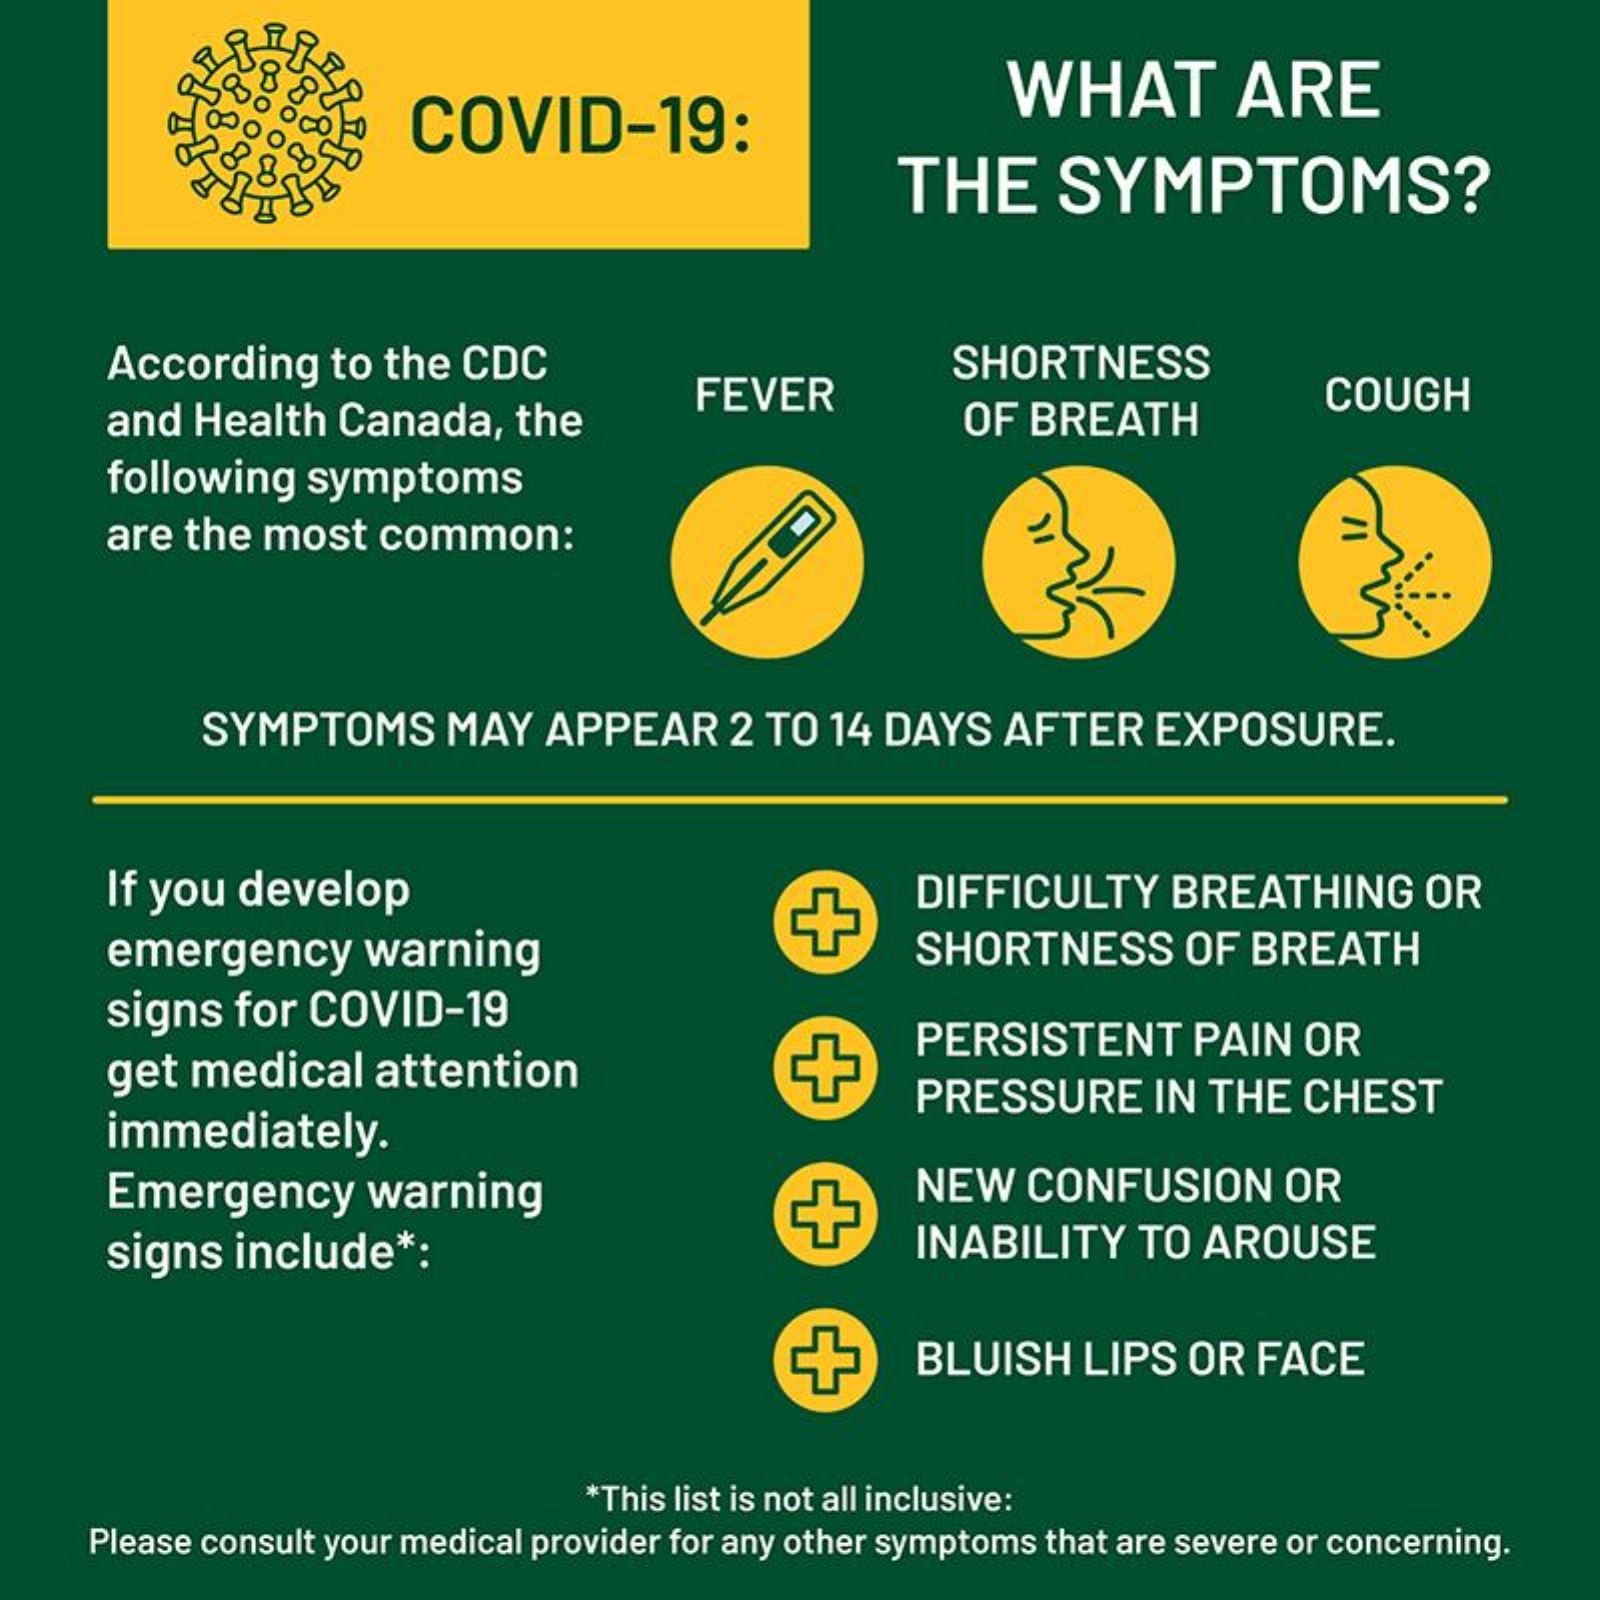
COVID-19:    WHAT    ARE
     THE    SYMPTOMS?
     According   to the CDC    SHORTNESS
     and Health  Canada,   the
     FEVER
     OF  BREATH
     COUGH
     following  symptoms
     are the most   common:
     SYMPTOMS    MAY   APPEAR    2 TO 14 DAYS  AFTER    EXPOSURE.
     If you develop    DIFFICULTY   BREATHING    OR
     emergency    warning    SHORTNESS    OF  BREATH
     signs  for COVID-19
     get medical   attention
     PERSISTENT    PAIN  OR
     immediately.
     PRESSURE    IN  THE  CHEST
     Emergency    warning    NEW   CONFUSION    OR
     signs  include  *:    INABILITY   TO AROUSE
     BLUISH   LIPS OR  FACE
     *This list is not all inclusive:
     Please consult your medical provider for any other symptoms that are severe or concerning.